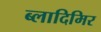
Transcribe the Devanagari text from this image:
ब्लादिमिर